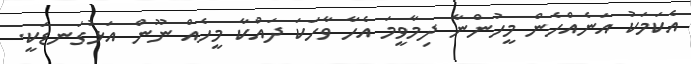
އެކަމަކު އަނެއްހެން މީހުންނާ ދިމާވީމަ އެހާ ވާހަކަ ދައްކާ މީހެއް ނޫން އަޅުގަނޑަކީ.